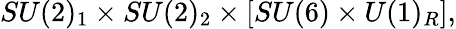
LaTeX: SU(2)_{1}\times SU(2)_{2}\times[SU(6)\times U(1)_{R}],